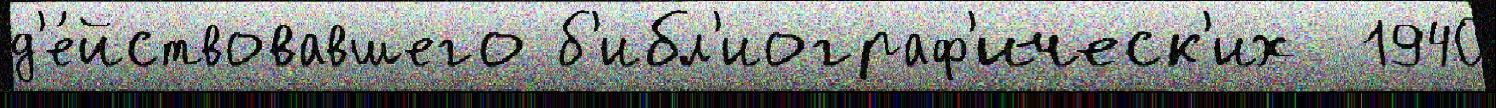
д'е́йствовавшего б'ибл'иограф'ическ'их  1940